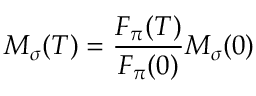
M _ { \sigma } ( T ) = { \frac { F _ { \pi } ( T ) } { F _ { \pi } ( 0 ) } } M _ { \sigma } ( 0 )